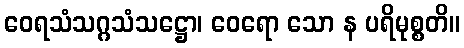
ဝေရသံသဂ္ဂသံသဋ္ဌော၊ ဝေရော သော န ပရိမုစ္စတိ။